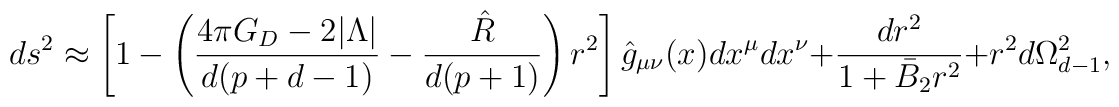
ds^2\approx\left[1-\left(\frac{4\pi G_D-2|\Lambda|}{d(p+d-1)}-\frac{\hat{R}}{d(p+1)}\right) r^2\right]\hat{g}_{\mu\nu}(x)dx^\mu dx^\nu+\frac{dr^2}{1+\bar{B}_2r^2}+r^2d\Omega_{d-1}^2,